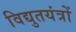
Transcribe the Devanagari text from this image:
विद्युतयंत्रों